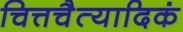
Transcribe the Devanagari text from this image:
चित्तचैत्यादिकं